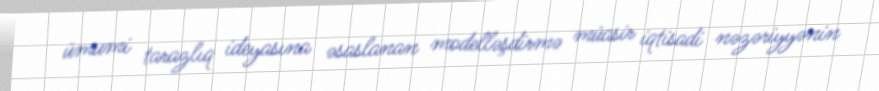
ümumi tarazlıq ideyasına əsaslanan modelləşdirmə müasir iqtisadi nəzəriyyənin